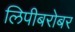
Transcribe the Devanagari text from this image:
लिपीबरोबर